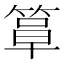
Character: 𫂍